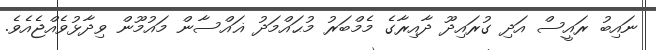
ނައިބު ރައީސް އަދި ގުރައިދޫ ދާއިރާގެ މެމްބަރު މުޙައްމަދު ޣައްސާން މައުމޫން ވިދާޅުވެއްޖެއެވެ.